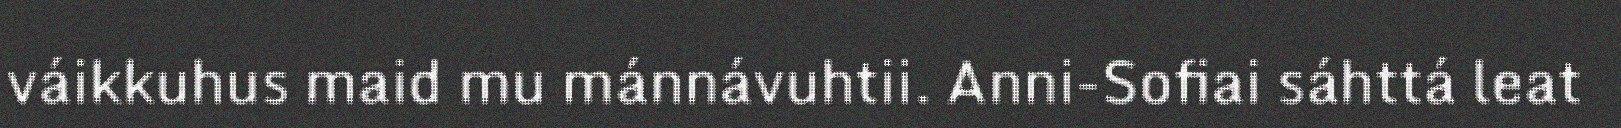
váikkuhus maid mu mánnávuhtii. Anni-Sofiai sáhttá leat